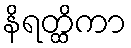
နိရတ္ထိကာ